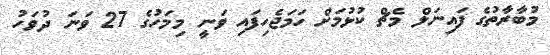
މުބާރާތުގެ ފައިނަލް މެޗް ކުޅުމަށް ހަމަޖެހިފައި ވަނީ މިމަހުގެ 27 ވަނަ ދުވަހު